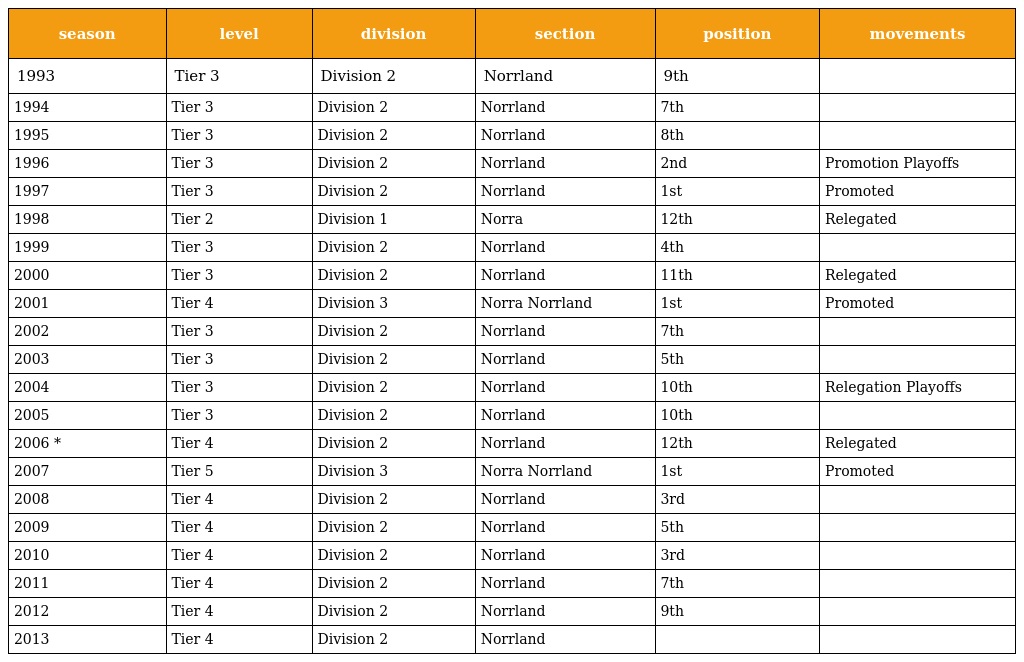
| season | level | division | section | position | movements |
 | --- | --- | --- | --- | --- | --- |
 | 1993 | Tier 3 | Division 2 | Norrland | 9th |  |
 | 1994 | Tier 3 | Division 2 | Norrland | 7th |  |
 | 1995 | Tier 3 | Division 2 | Norrland | 8th |  |
 | 1996 | Tier 3 | Division 2 | Norrland | 2nd | Promotion Playoffs |
 | 1997 | Tier 3 | Division 2 | Norrland | 1st | Promoted |
 | 1998 | Tier 2 | Division 1 | Norra | 12th | Relegated |
 | 1999 | Tier 3 | Division 2 | Norrland | 4th |  |
 | 2000 | Tier 3 | Division 2 | Norrland | 11th | Relegated |
 | 2001 | Tier 4 | Division 3 | Norra Norrland | 1st | Promoted |
 | 2002 | Tier 3 | Division 2 | Norrland | 7th |  |
 | 2003 | Tier 3 | Division 2 | Norrland | 5th |  |
 | 2004 | Tier 3 | Division 2 | Norrland | 10th | Relegation Playoffs |
 | 2005 | Tier 3 | Division 2 | Norrland | 10th |  |
 | 2006 * | Tier 4 | Division 2 | Norrland | 12th | Relegated |
 | 2007 | Tier 5 | Division 3 | Norra Norrland | 1st | Promoted |
 | 2008 | Tier 4 | Division 2 | Norrland | 3rd |  |
 | 2009 | Tier 4 | Division 2 | Norrland | 5th |  |
 | 2010 | Tier 4 | Division 2 | Norrland | 3rd |  |
 | 2011 | Tier 4 | Division 2 | Norrland | 7th |  |
 | 2012 | Tier 4 | Division 2 | Norrland | 9th |  |
 | 2013 | Tier 4 | Division 2 | Norrland |  |  |